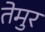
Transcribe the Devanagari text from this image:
तेमुर